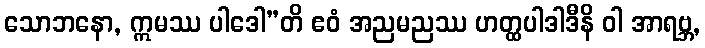
သောဘနော, ဣမဿ ပါဒေါ”တိ ဧဝံ အညမညဿ ဟတ္ထပါဒါဒီနိ ဝါ အာရဗ္ဘ,